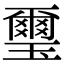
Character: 璽